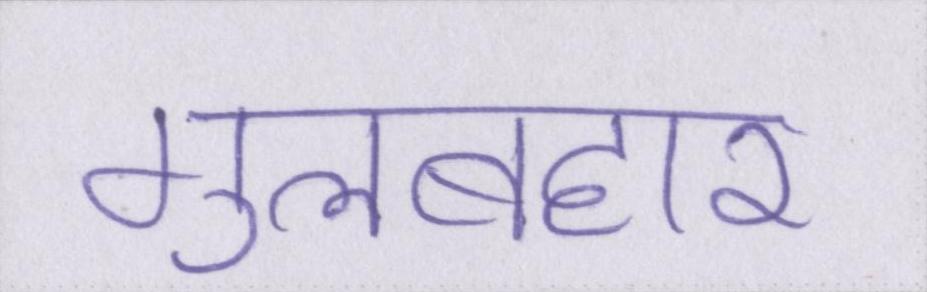
गुलबहार